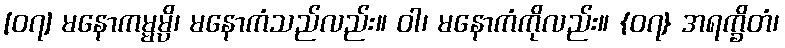
[၀၇] မနောကမ္မမ္ပိ၊ မနောကံသည်လည်း။ ဝါ၊ မနောကံကိုလည်း။ {၀၇} အရက္ခိတံ၊